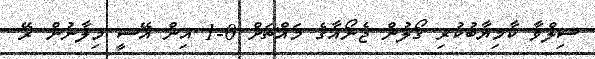
ސިލްވާ ކާމިޔާބުކުރި ގޯލުން ޖެނޯއާގެ މައްޗަށް 0-1 އިން އޭސީ މިލާނުން ރޭ